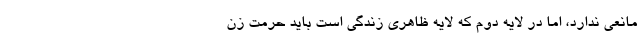
مانعی ندارد، اما در لایه دوم که لایه ظاهری زندگی است باید حرمت زن